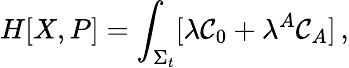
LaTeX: H[X,P]=\int_{\Sigma_{t}}[\lambda{\cal C}_{0}+\lambda^{A}{\cal C}_{A}]\, ,